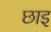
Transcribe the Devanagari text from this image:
छाइ